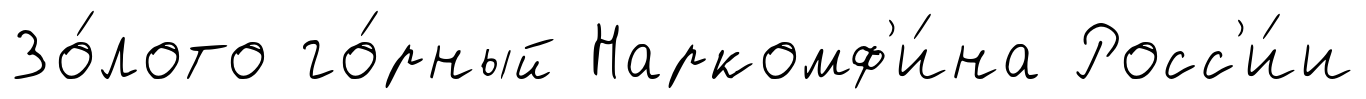
Зо́лото го́рный Наркомф'и́на Росс'и́и